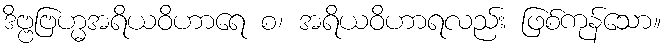
ဒိဗ္ဗဗြဟ္မအရိယဝိဟာရေ စ၊ အရိယဝိဟာရလည်း ဖြစ်ကုန်သော။